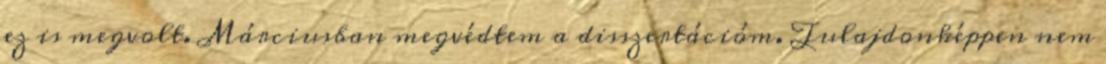
ez is megvolt. Márciusban megvédtem a disszertációm. Tulajdonképpen nem